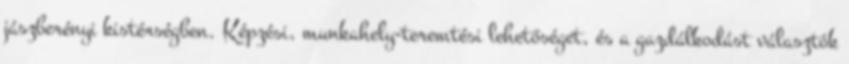
jászberényi kistérségben. Képzési, munkahely-teremtési lehetőséget, és a gazdálkodást választók